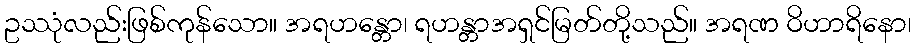
ဥဿုံလည်းဖြစ်ကုန်သော။ အရဟန္တော၊ ရဟန္တာအရှင်မြတ်တို့သည်။ အရဏ ဝိဟာရိနော၊